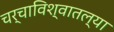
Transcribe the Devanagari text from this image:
चर्चाविश्वातल्या